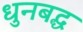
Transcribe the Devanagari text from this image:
धुनबद्ध